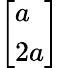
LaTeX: \left[\begin{array}{l}{a}\\ {2a}\end{array}\right]